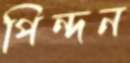
পিন্দন